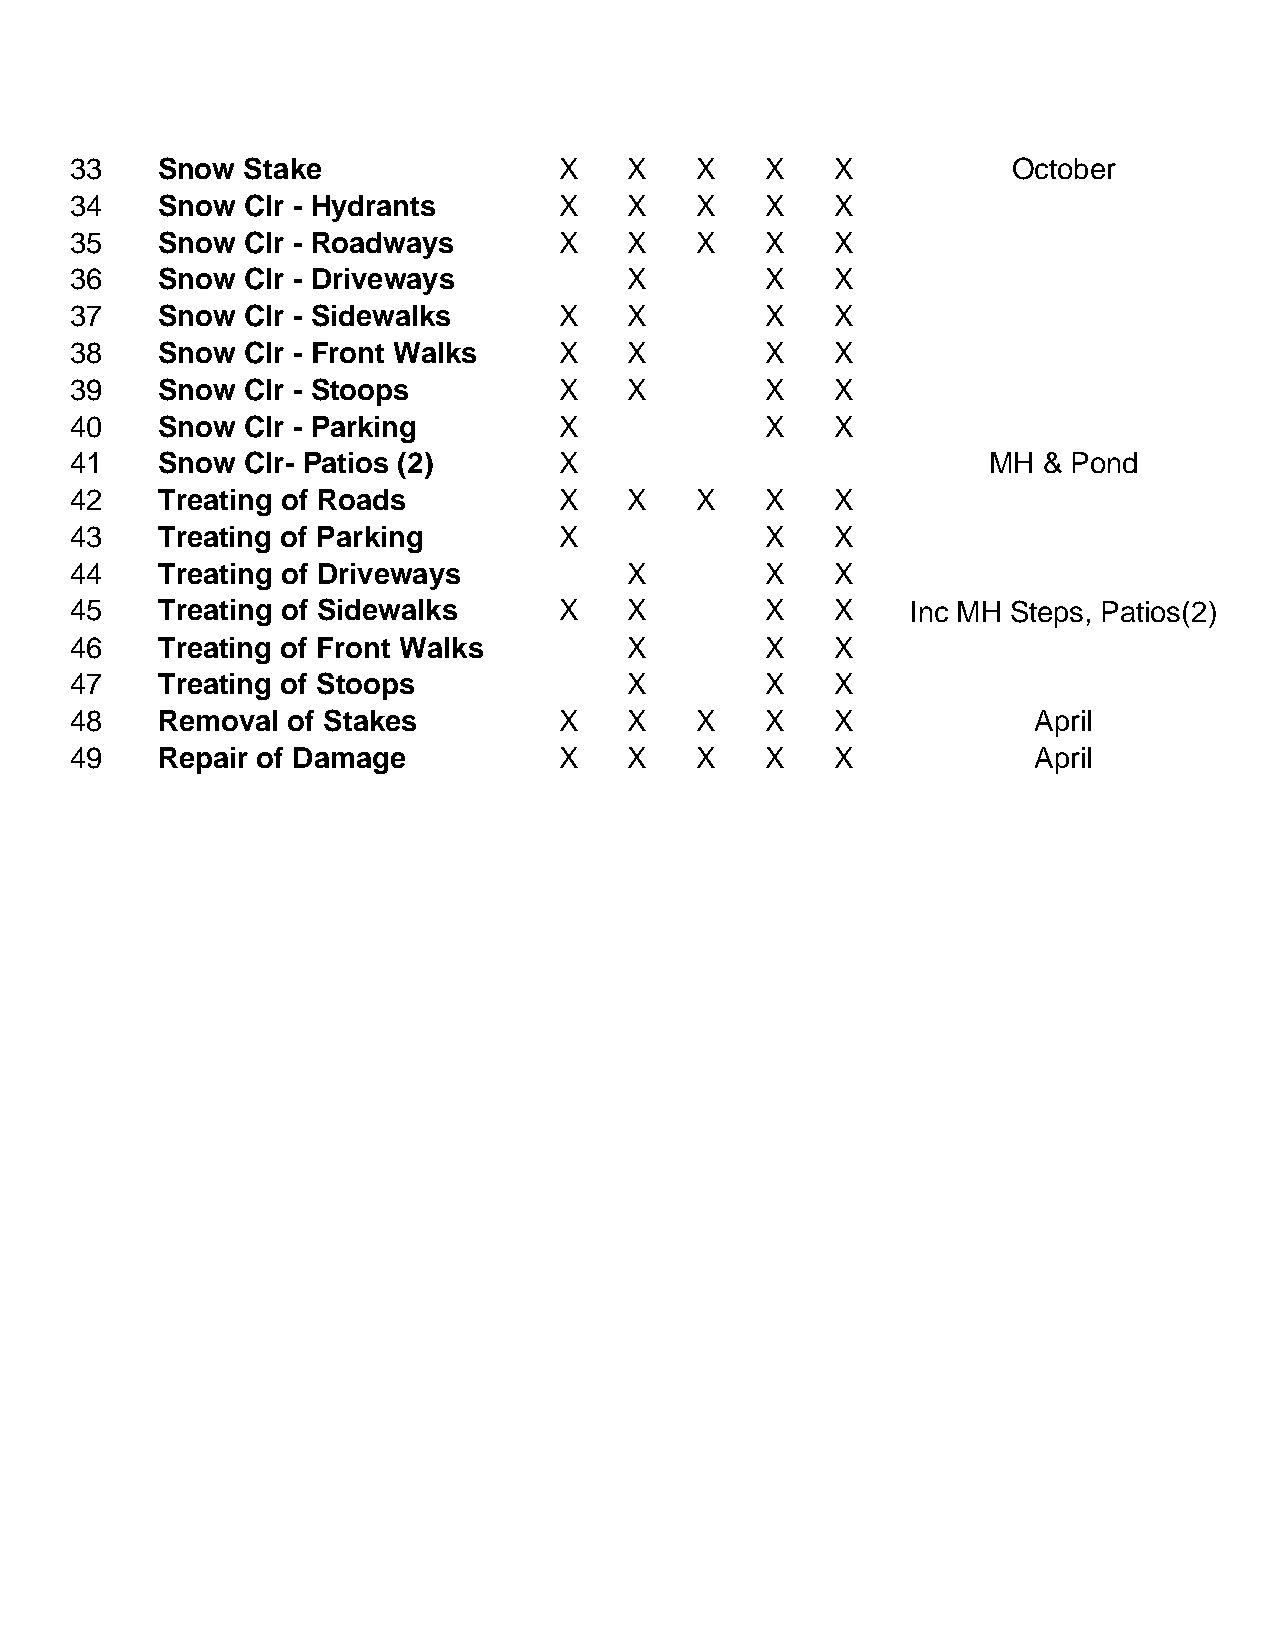
33   Snow  Stake                X    X   X    X   X           October
 34   Snow  Clr - Hydrants       X    X   X    X   X
 35   Snow  Clr - Roadways       X    X   X    X   X
 36   Snow  Clr - Driveways           X        X   X
 37   Snow  Clr - Sidewalks      X    X        X   X
 38   Snow  Clr - Front Walks    X    X        X   X
 39   Snow  Clr - Stoops         X    X        X   X
 40   Snow  Clr - Parking        X             X   X
 41   Snow  Clr- Patios (2)      X                           MH  & Pond
 42   Treating of Roads          X    X   X    X   X
 43   Treating of Parking        X             X   X
 44   Treating of Driveways           X        X   X
 45   Treating of Sidewalks      X    X        X   X    Inc MH Steps, Patios(2)
 46   Treating of Front Walks         X        X   X
 47   Treating of Stoops              X        X   X
 48   Removal  of Stakes         X    X   X    X   X            April
 49   Repair of Damage           X    X   X    X   X            April